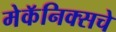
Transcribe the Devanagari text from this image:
मेकॅनिक्सचे